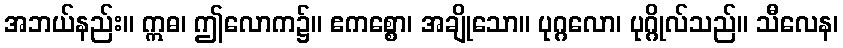
အဘယ်နည်း။ ဣဓ၊ ဤလောက၌။ ဧကစ္စော၊ အချိုသော။ ပုဂ္ဂလော၊ ပုဂ္ဂိုလ်သည်။ သီလေန၊